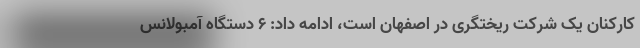
کارکنان یک شرکت ریختگری در اصفهان است، ادامه داد: ۶ دستگاه آمبولانس